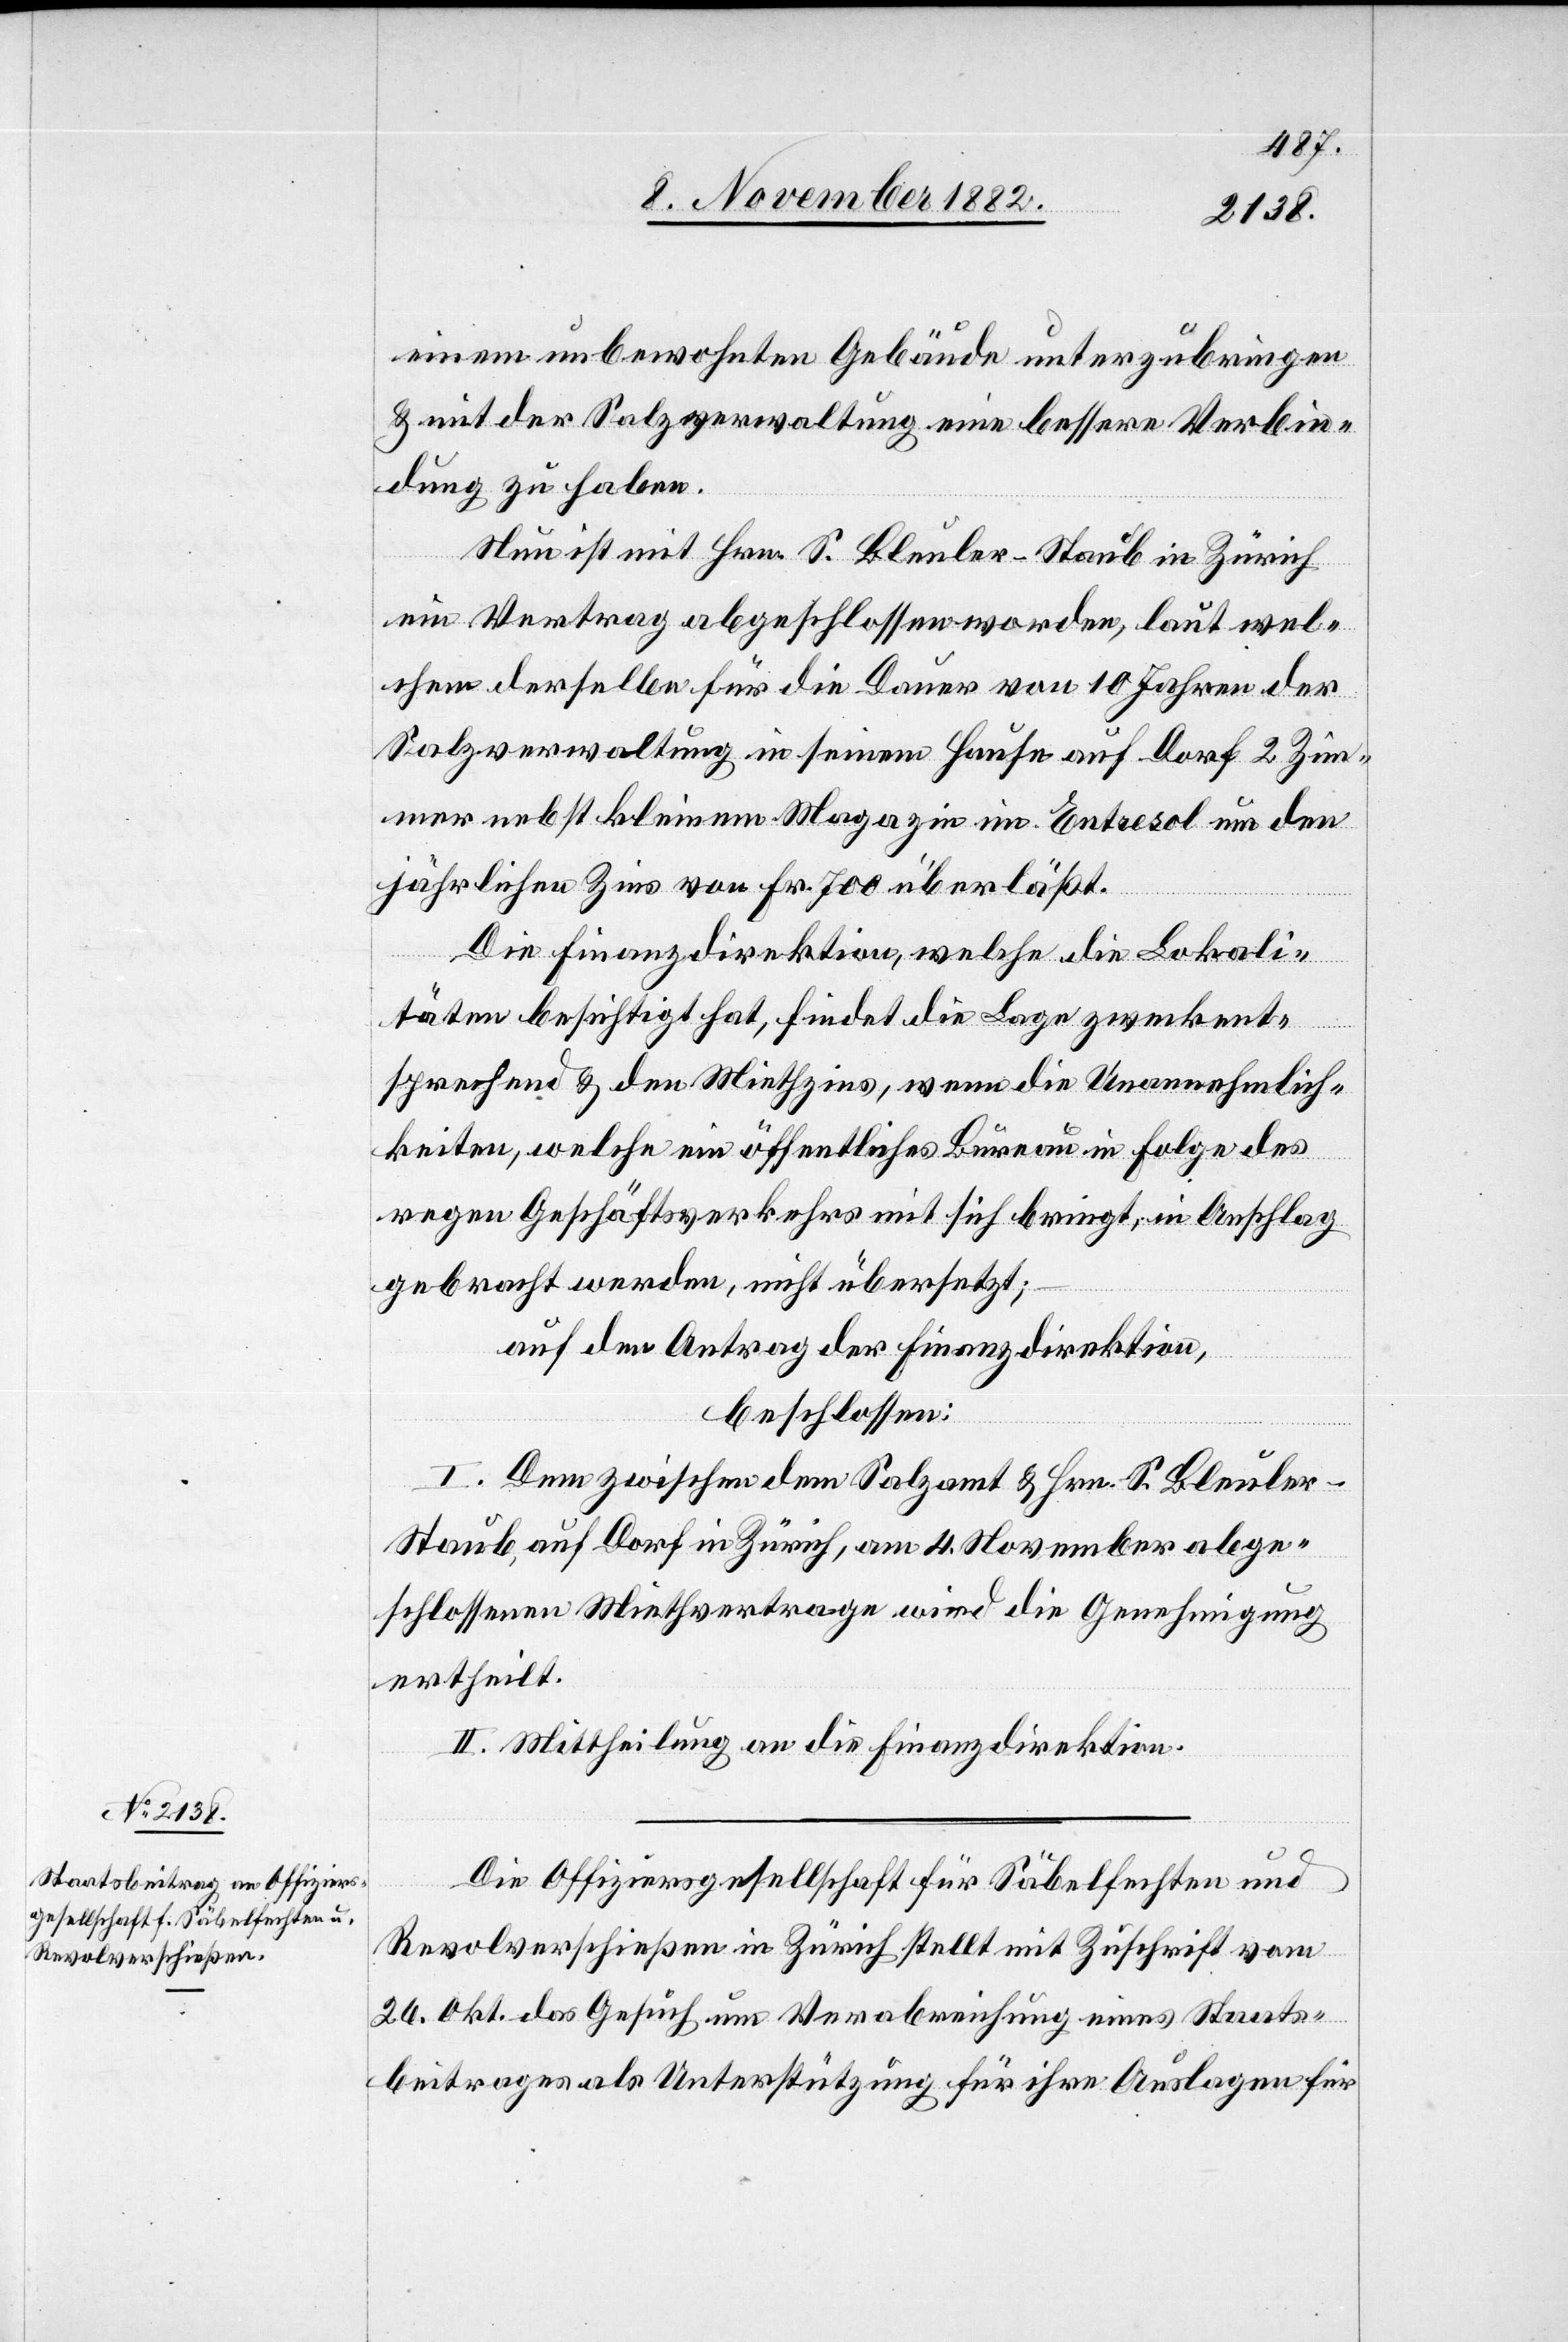
einem unbewohnten Gebäude unterzubringen
& mit der Salzverwaltung eine bessere Verbin¬
dung zu haben.
Nun ist mit Hrn. S. Bleuler-Staub in Zürich
ein Vertrag abgeschlossen worden, laut wel¬
chem derselbe für die Dauer von 10 Jahren der
Salzverwaltung in seinem Hause auf Dorf 2 Zim¬
mer nebst kleinem Magazin im Entresol um den
jährlichen Zins von Fr. 700 überläßt.
Die Finanzdirektion, welche die Lokali¬
täten, welche ein öffentliches Bureau in Folge des
regen Geschäftsverkehres mit sich bringt, in Anschlag
gebracht werden, nicht übersetzt;
auf den Antrag der Finanzdirektion,
beschlossen:
I. Dem zwischen dem Salzamt & Hrn. S. Bleule¬
r-Staub, auf Dorf in Zürich, am 4. November abge¬
schlossenen Miethvertrage wird die Genehmigung
ertheilt.
II. Mittheilung an die Finanzdirektion.
Die Offiziersgesellschaft für Säbelfechten und
Revolverschießen in Zürich stellt mit Zuschrift vom
26. Okt. das Gesuch um Verabreichung eines Staats¬
beitrages als Unterstützung für ihre Auslagen für